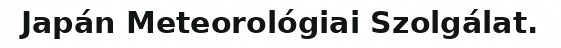
Japán Meteorológiai Szolgálat.